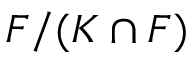
F / ( K \cap F )